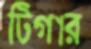
টিগার